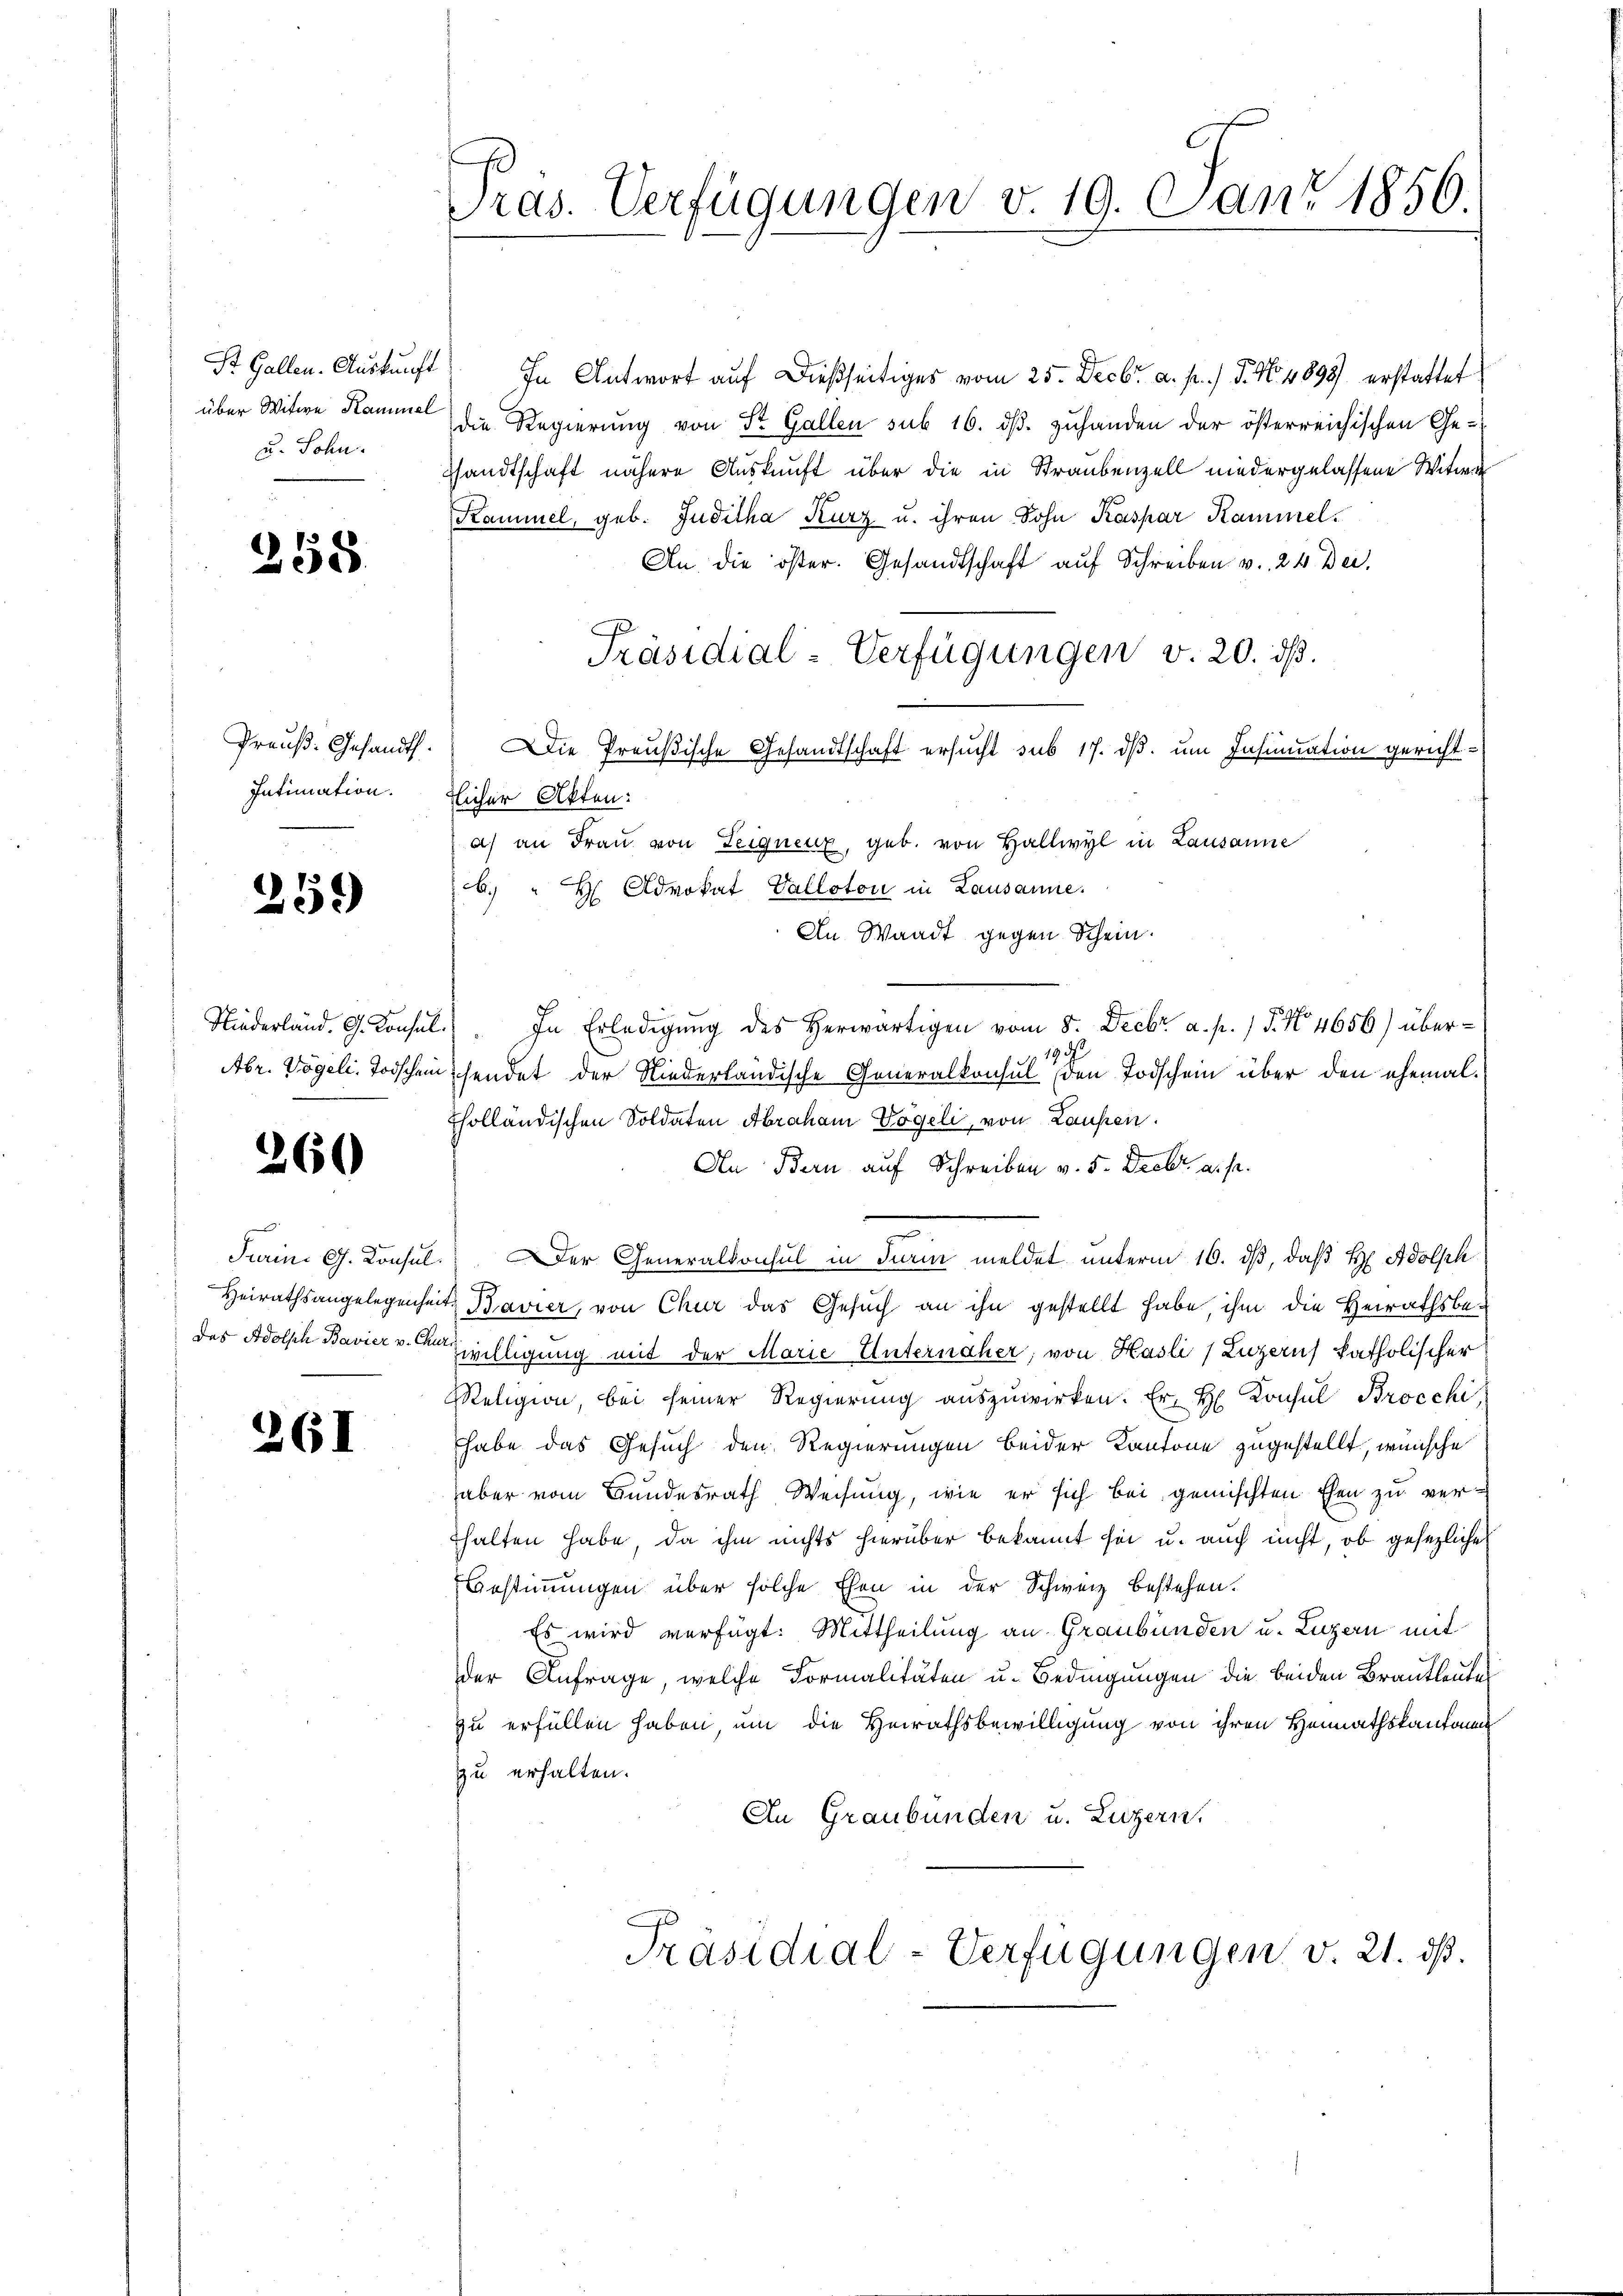
St. Gallen. Auskunft
über Witwe Kammel
u. Sohn.

258

Intimation.

259

Niederland. G. Konsul

260

Das Adolsch Bavier v. C.

261

Gras. Verfügungen v. 19. Jan. 1856

In Antwort auf dießseitiges vom 25. Decbr. a. p.) J. No. 1898 erstattet
die Regierung von Dr. Gallen sub 16. dβ. zuhanden der österreichischen Ge-
sandtschaft nähere Auskunft über die in Straubenzell niedergelassene Witwe
Kammel, geb. Juditha Kurz u. ihren Sohn Kaspar Kammel.
An die öster. Gesandtschaft auf Schreiben v. 24 Dec.
Präsidial-Verfügungen v. 20. ds.
Preuß. Gesandt. Die Preußische Gesandtschaft ersucht sub 17. dβ. um Insinuation gerichttlicher Akten:
a) an Frau von Leigneur, geb. von Hallwyl in Lausanne
b. " H Advokat Vallotow in Lausanne.
An Waadt gegen Schein.
In Erledigung des Herwärtigen vom 8. Decbr a. p. 15. No 4656) über¬
19 d
Abr. Vögeli. Todscheinschendet der Niederländische Generalkonsul den Todschein über den ehemalcholländischen Soldaten Abraham Vögeli, von Laufen.
An Bern auf Schreiben v. 5. Decbr. a. pr.
Turini G. Konsul. Der Generalkonsul in Turin meldet unterm 16. ds, daß H. Adolph
Heirathsangelegenheit Bavier, von Chur das Gesuch an ihn gestellt habe, ihm die Heirathsbe¬
3
Zwilligung mit der Marie Unternäher, von Hasli (Luzern) katholischer
Religion, bei seiner Regierŭng aŭszŭwirken. Er H. Konsul Brocchi
habe das Gesuch den Regierungen beider Kantone zugestellt, wünsche
haber vom Bundesrath Weisung, wie er sich bei gemischten Ehen zu verthalten habe, da ihm nichts hierüber bekannt sei u. auch nicht, ob gesezliche
Bestimmungen über solche Ehen in der Schweiz bestehen.
Es wird verfügt: Mittheilung an Graubünden u. Luzern mit
der Anfrage, welche Formalitäten u. Bedingungen die beiden Brautleutes
zu erfüllen haben, um die Heirathsbewilligung von ihren Heimathskantonal
zu erhalten.
An Graubünden u. Luzern,
Präsidial-Verfügungen v. 21. ds.